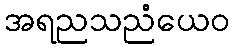
အရညသညံယေဝ